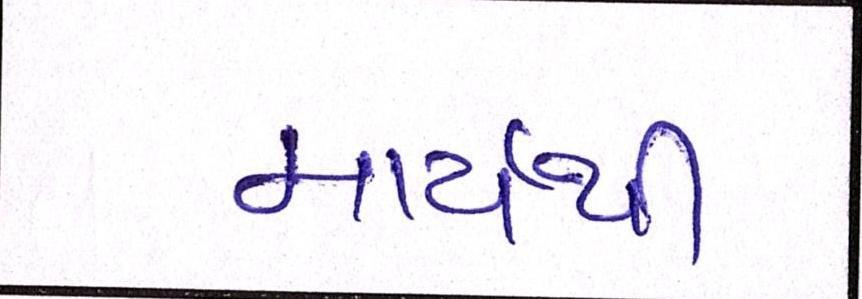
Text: માર્ચથી